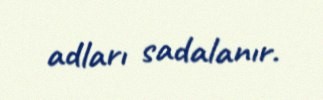
adları sadalanır.